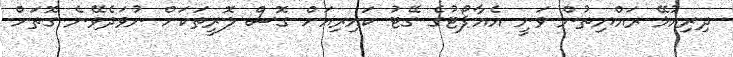
ދިރިއުޅޭ ރައްޔިތުން ވަނީ އެއާޕޯޓުގެ ގޭޓު ކައިރިއަށް ގޮސް ލޮރީތަކަށް ނުވަދެވޭނެ ގޮތަަށް